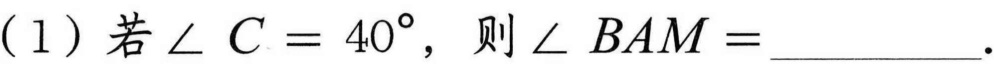
（1）若\(\angle C = 40^{\circ}\)，则\(\angle BAM=\underline{\quad\quad}\).